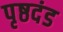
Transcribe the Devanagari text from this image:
पृष्ठदंड